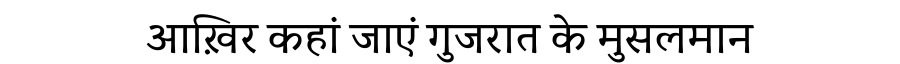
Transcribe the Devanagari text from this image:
आख़िर कहां जाएं गुजरात के मुसलमान